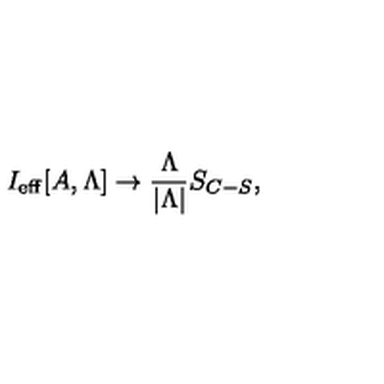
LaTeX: I _ { \mathrm { e f f } } [ A , \Lambda ] \to \frac { \Lambda } { | \Lambda | } S _ { C - S } ,